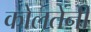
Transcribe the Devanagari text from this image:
कोलतेंनी